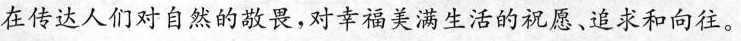
在传达人们对自然的敬畏，对幸福美满生活的祝愿、追求和向往。